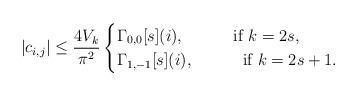
LaTeX: \begin{align*}|c_{i,j}| \le \dfrac{4V_k}{\pi^2}\begin{cases}\Gamma_{0,0}[s](i), ~~~~~~~~~\mbox{if }k=2s,\\\Gamma_{1,-1}[s](i),~~~~~~~~~\mbox{if }k=2s+1.\end{cases}\end{align*}